Report on sanitation, dispensaries, and jails in Rajputana for 1909, and on vaccination for the year 1909-1910 - 1909-1910
Year: 1909
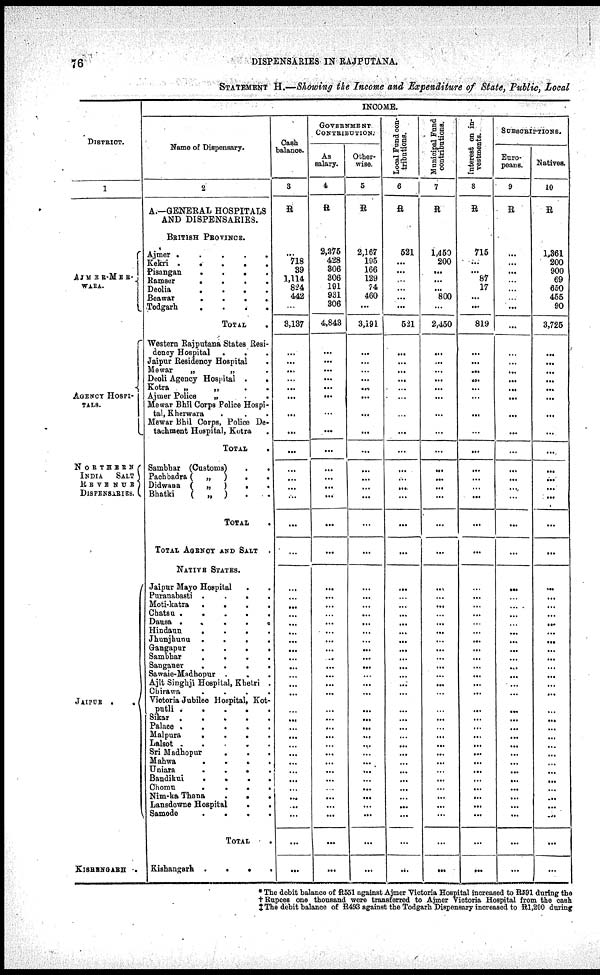
76
DISPENSARIES IN RAJPUTANA.
STATEMENT H.—Showing the Income and Expenditure of State. Public, Local
DISTRICT.
1
AJMER-MER¬
WARA.
AGENCY HOSPI¬
----.
NORTHERN
INDIA SALT
REVENUE
DISPENSARIES.
JAIPUR .
.
KISHENGARH .
INCOME.
Name of Dispensary.
2
A.—GENERAL HOSPITALS
AND DISPENSARIES.
BRITISH PROVINCE.
Ajmer . . . . .
Kekri . . . . .
Pisangan . . . .
Ramser . . . .
Deolia . . . .
Beawar . . . .
Todgarh
.
.
.
.
TOTAL .
Western Rajputana States Resi¬
dency Hospital . . .
Jaipur Residency Hospital .
Mewar „ „ .
Deoli Agency Hospital .
.
Kotra „ „ . .
Ajmer Police „ .
Mewar Bhil Corps Police Hospi¬
tal, Kherwara . .
Mewar Bhil Corps, Police De¬
tachment Hospital, Kotra .
TOTAL .
Sambhai (Customs)
. .
Pachbadra (
„
)
.
.
Didwana („) . .
Bhatki
(
„
) . .
TOTAL .
TOTAL AGENCY AND SALT .
NATIVE STATES.
Jaipur Mayo Hospital
. .
Puranabasti . . . .
Moti-katra . . . .
Chatsu .
.
.
.
Dausa .
.
. . .
Hindaun . . . .
Jhunjhunu
.
.
..
Gangapur . . . .
Sambhar . . . .
Sanganer
.
.
. .
Swaie-Madhopur . . .
Ajit Singhji Hospital,Khetri .
Chirawa . . . .
Victoria Jubilee Hospital, Kot¬
putli .
.
.
. .
Sikar
.
.
. . .
Palace .
.
. . .
Malpura . . . . .
Lalsot .
.
.
. .
Sri Madhopur
.
. .
Mahwa . . . .
Uniara
.
.
. .
Bandikui . . . .
Chomu
.
.
. .
Nim-ka Thana
.
. .
Lansdowne Hospital
. .
Samode
.
. . .
TOTAL .
Kishangarh
.
. . .
Cash
balance.
3
R
...
718
39
1,114
824
442
...
3,137
...
...
...
...
...
...
...
...
...
...
...
...
...
...
...
...
...
...
...
...
...
...
...
...
...
...
...
...
...
...
...
...
...
...
...
...
...
...
...
...
...
...
...
GOVERNMENT
CONTRIBUTION.
As
salary.
4
R
2,375
428
306
306
191
931
306
4,843
...
...
...
...
...
...
...
...
...
...
...
...
...
...
...
...
...
...
...
...
...
...
...
...
...
...
...
...
...
...
...
...
...
...
...
...
...
...
...
...
...
...
...
Other-
wise.
5
R
2,167
195
166
129
74
460
...
3,191
...
...
...
...
...
...
...
...
...
...
...
...
...
...
...
...
...
...
...
...
...
...
...
...
...
...
...
...
...
...
...
...
...
...
...
...
...
...
...
...
...
...
...
Local Fund con-
tributions.
6
R
521
...
...
...
...
...
...
521
...
...
...
...
...
...
...
...
...
...
...
...
...
...
...
...
...
...
...
...
...
...
...
...
...
...
...
...
...
...
...
...
...
...
...
...
...
...
...
...
...
...
...
Municipal Fund
contributions.
7
R
1,450
200
...
...
...
800
...
2,450
...
...
...
...
...
...
...
...
...
...
...
...
...
...
...
...
...
...
...
...
...
...
...
...
...
...
...
...
...
...
...
...
...
...
...
...
...
...
...
...
...
...
...
Interest on in-
-estments.
8
R
715
...
...
87
17
...
...
819
...
...
...
...
...
...
...
...
...
...
...
...
...
...
...
...
...
...
...
...
...
...
...
...
...
...
...
...
...
...
...
...
...
...
...
...
...
...
...
...
...
...
...
SUBSCRIPTIONS.
Euro-
peans.
9
R
...
...
...
...
...
...
...
...
...
...
...
...
...
...
...
...
...
...
...
...
...
...
...
...
...
...
...
...
...
...
...
...
...
...
...
...
...
...
...
...
...
...
...
...
...
...
...
...
...
...
...
Natives
10
R
1,361
200
900
69
650
455
90
3,725
...
...
...
...
...
...
...
...
...
...
...
...
...
...
...
...
...
...
...
...
...
...
...
...
...
...
...
...
...
...
...
...
...
...
...
...
... ...
...
...
...
...
...
* The debit balance of R551 against Ajmer Victoria Hospital increased to R591 during the
†Rupees one thousand were transferred to Ajmer victoria Hospital from the cash
‡ The debit balance of R433 against the Todgarh Dispensary increased to R1,200 during